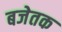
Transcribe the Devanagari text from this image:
बजेतक